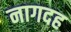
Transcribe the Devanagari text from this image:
नागदह